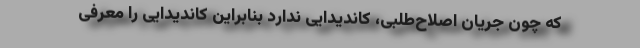
که چون جریان اصلاح‌طلبی، کاندیدایی ندارد بنابراین کاندیدایی را معرفی